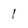
Character: I